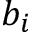
b _ { i }